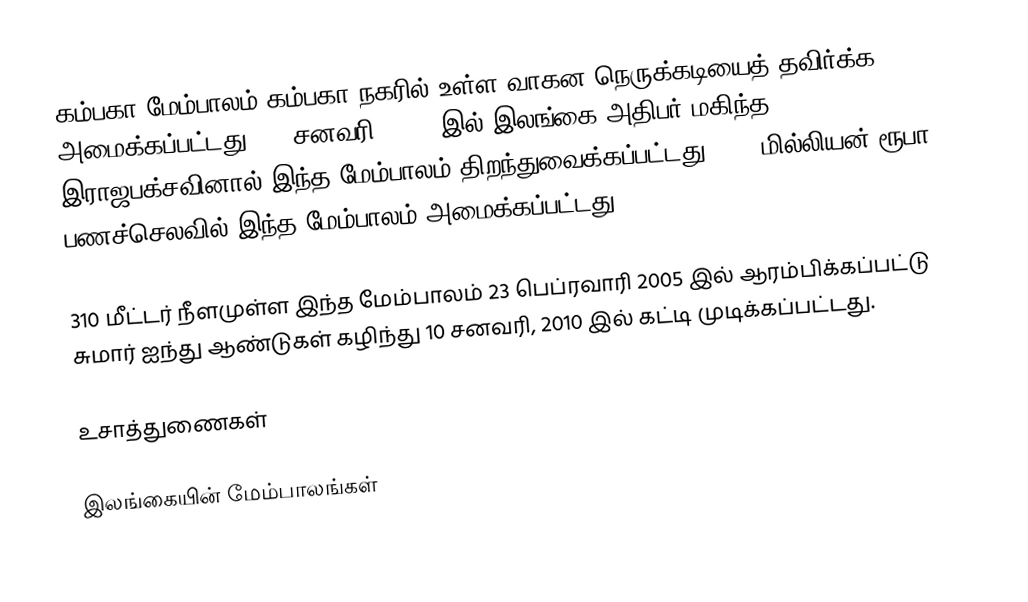
கம்பகா மேம்பாலம் கம்பகா நகரில் உள்ள வாகன நெருக்கடியைத் தவிர்க்க அமைக்கப்பட்டது. 18 சனவரி, 2010 இல் இலங்கை அதிபர் மகிந்த இராஜபக்சவினால் இந்த மேம்பாலம் திறந்துவைக்கப்பட்டது. 300 மில்லியன் ரூபா பணச்செலவில் இந்த மேம்பாலம் அமைக்கப்பட்டது.

310 மீட்டர் நீளமுள்ள இந்த மேம்பாலம் 23 பெப்ரவாரி 2005 இல் ஆரம்பிக்கப்பட்டு சுமார் ஐந்து ஆண்டுகள் கழிந்து 10 சனவரி, 2010 இல் கட்டி முடிக்கப்பட்டது.

உசாத்துணைகள்

இலங்கையின் மேம்பாலங்கள்